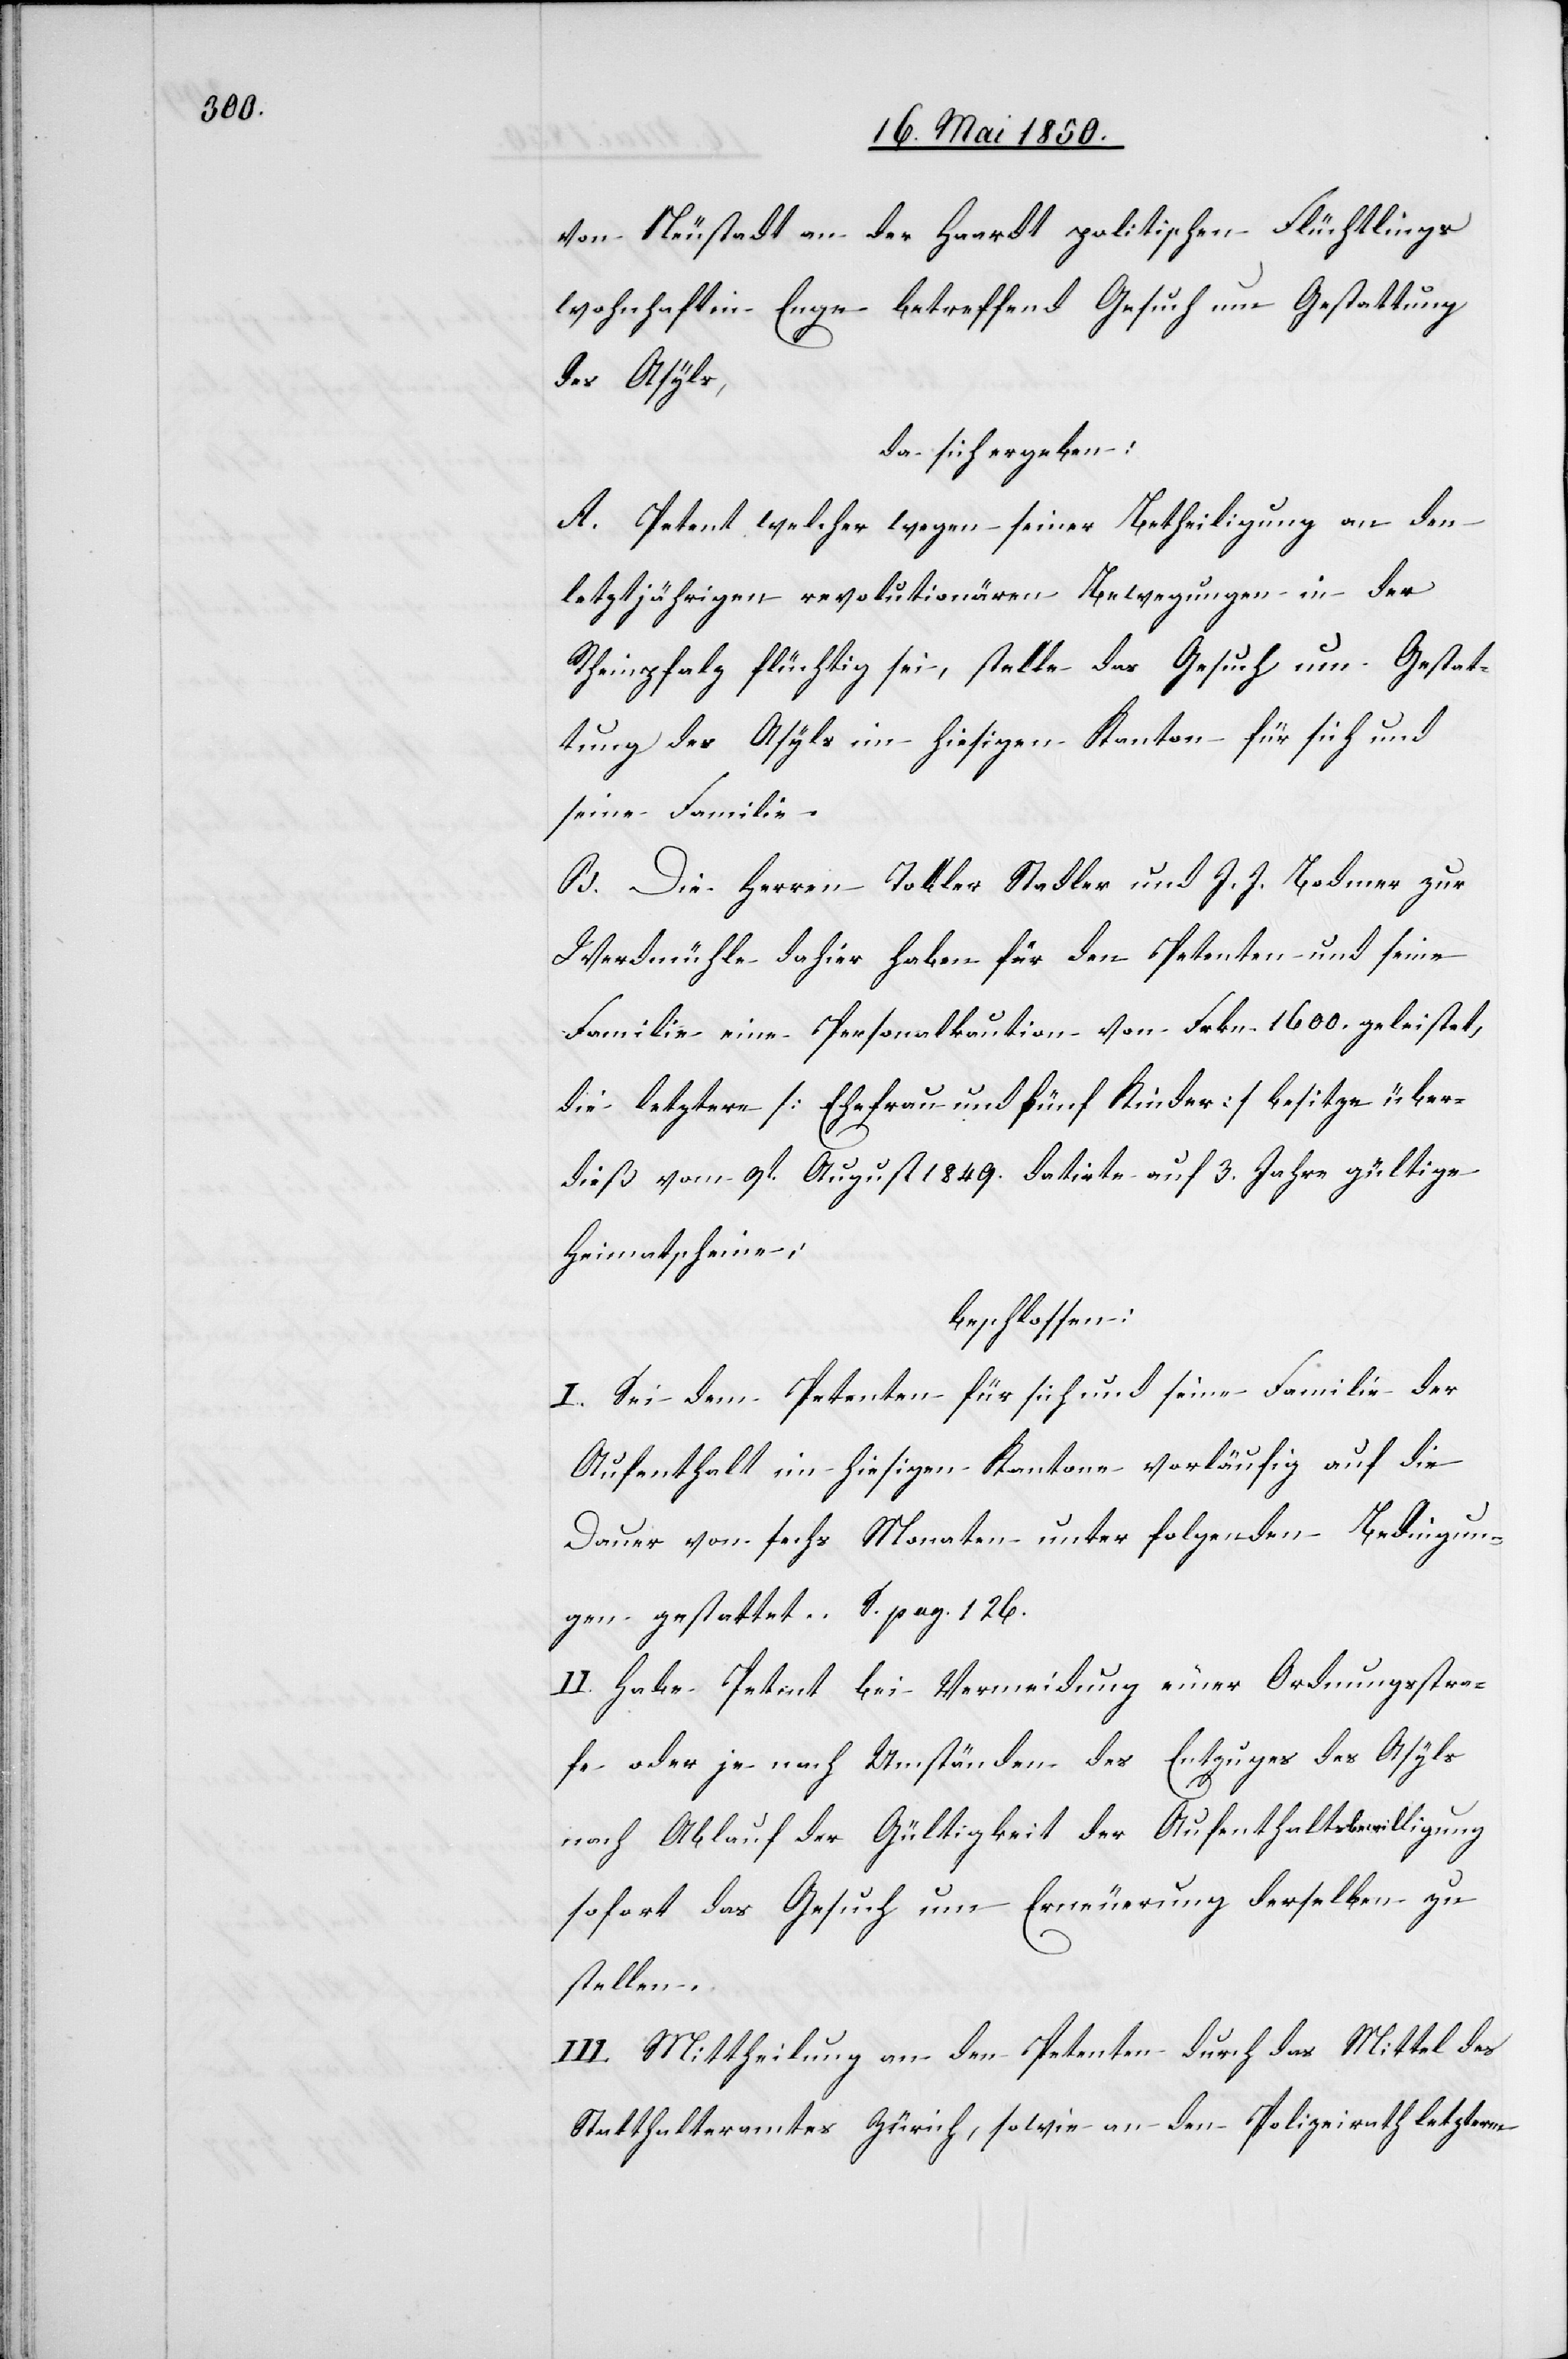
von Neustadt an der Haardt politischen Flüchtlings
wohnhaft in Enge betreffend Gesuch um Gestattung
des Asyls,
da sich ergeben:
A. Petent welcher wegen seiner Betheiligung an den
letztjährigen revolutionären Bewegungen in der
Rheinpfalz flüchtig sei, stelle das Gesuch um Gestat¬
tung des Asyls im hiesigen Kanton für sich und
seine Familie.
B. Die Herren Tobler Stadler und J. J. Bodmer zur
Werdmühle dahier haben für den Petenten und seine
Familie eine Personalkaution von Frkn 1600. geleistet,
die letztere [Ehefrau und fünf Kinder] besitze über¬
dieß vom 9t August 1849 datirte auf 3. Jahre gültige
Heimatscheine;
beschlossen:
I. Sei dem Petenten für sich und seine Familie der
Aufenthalt im hiesigen Kantone vorläufig auf die
Dauer von sechs Monaten unter folgenden Bedingun¬
gen gestattet. S. pag. 126.
II. Habe Petent bei Vermeidung einer Ordnungsstra¬
fe oder je nach Umständen des Entzuges des Asyls
nach Ablauf der Gültigkeit der Aufenthaltsbewilligung
sofort das Gesuch um Erneuerung derselben zu
stellen.
III. Mittheilung an den Petenten durch das Mittel des
Statthalteramtes Zürich, sowie an den Polizeirath letzterm